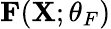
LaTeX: \mathbf{F}(\mathbf{X};\theta_{F})